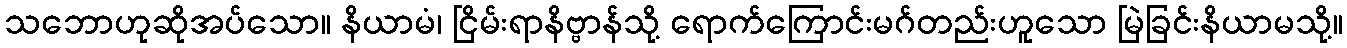
သဘောဟုဆိုအပ်သော။ နိယာမံ၊ ငြိမ်းရာနိဗ္ဗာန်သို့ ရောက်ကြောင်းမဂ်တည်းဟူသော မြဲခြင်းနိယာမသို့။